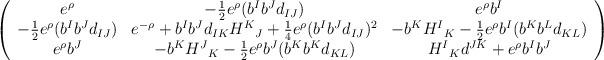
LaTeX: \begin{align*}\left( \begin{array}{ccc}e^\rho & -{1\over 2}e^\rho (b^I b^J d_{IJ}) & e^\rho b^I \\-{1\over 2}e^\rho (b^I b^J d_{IJ}) & e^{-\rho} + b^I b^J d_{IK} {H^K}_J + {1\over 4}e^\rho (b^I b^J d_{IJ})^2 &-b^K {H^I}_K - {1\over 2}e^\rho b^I (b^K b^L d_{KL}) \\e^\rho b^J & -b^K {H^J}_K -{1\over 2} e^\rho b^J (b^K b^K d_{KL}) &{H^I}_K d^{JK} + e^\rho b^I b^J \\\end{array} \right)\end{align*}